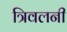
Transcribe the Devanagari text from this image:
त्रिवलनी